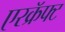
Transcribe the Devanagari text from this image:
एरक्रॅफ्ट